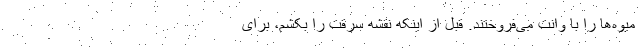
میوه‌ها را با وانت می‌فروختند. قبل از اینکه نقشه سرقت را بکشم، برای